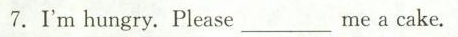
7.I'm hungry. Please___me a cake.